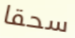
سحقا